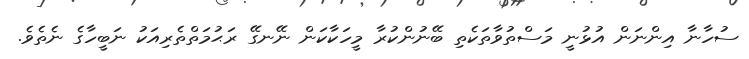
ސުހާނާ އިންނަން އުޅުނީ މަސްތުވާތަކެތި ބޭނުންކުރާ މީހަކާކަން ނޭނގޭ ރަޙުމަތްތެރިއަކު ނަބީހާގެ ނެތެވެ.